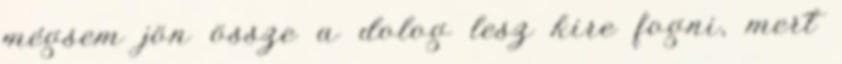
mégsem jön össze a dolog lesz kire fogni, mert